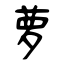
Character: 萝